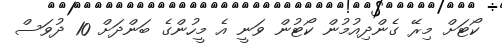
ކޯޓަށް މިރޭ ގެންދިއުމުން ކޯޓުން ވަނީ އެ މީހުންގެ ބަންދަށް 10 ދުވަސް